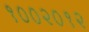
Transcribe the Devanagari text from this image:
१००२०१२